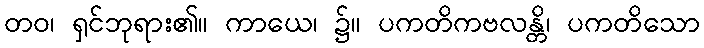
တဝ၊ ရှင်ဘုရား၏။ ကာယေ၊ ၌။ ပကတိကဗလန္တိ၊ ပကတိသော